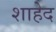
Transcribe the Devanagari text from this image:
शाहेद